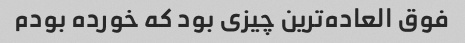
فوق العاده‌ترین چیزی بود که خورده‌ بودم